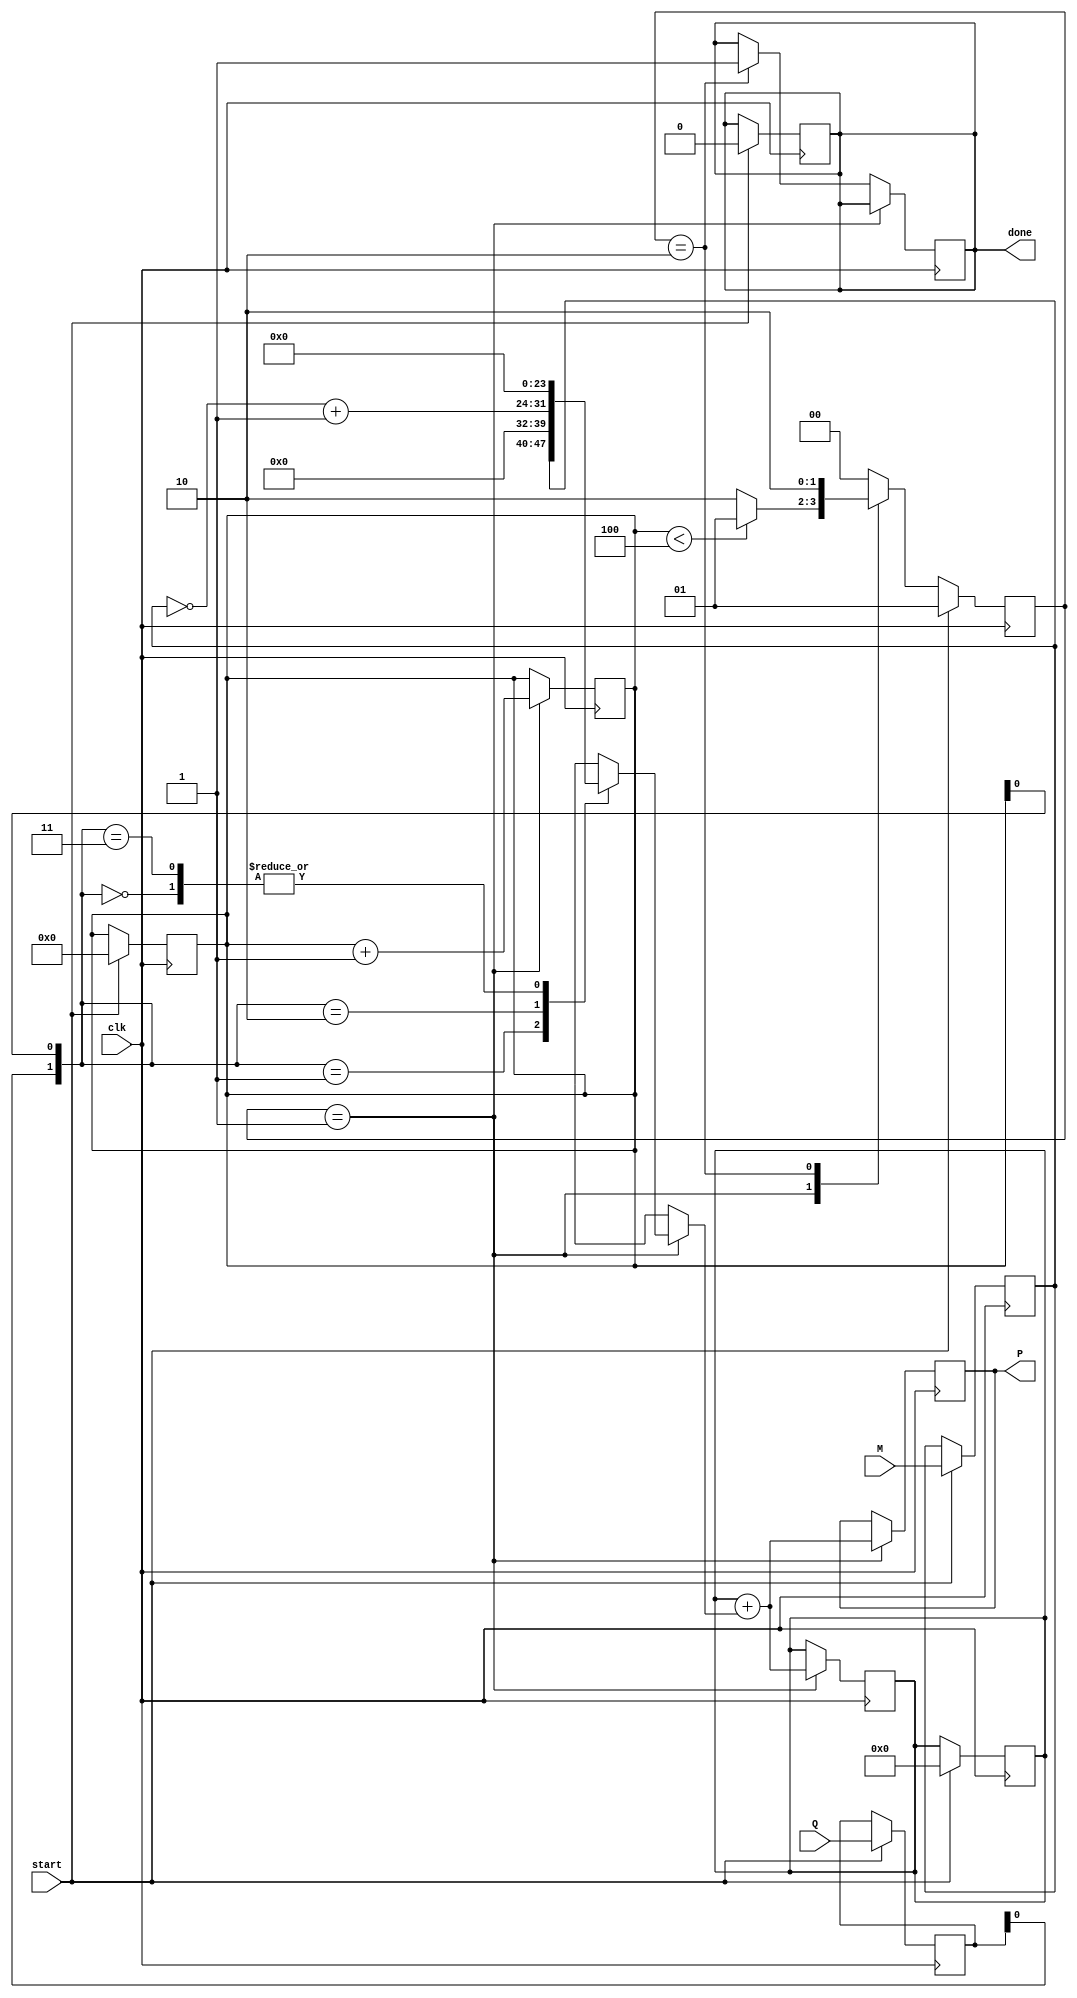
module radix4_multiplier #(
    parameter N = 8 // Width of the multiplicand and multiplier
)(
    input  wire [N-1:0] M,      // Multiplicand
    input  wire [N-1:0] Q,      // Multiplier
    input  wire clk,             // Clock signal
    input  wire start,           // Start signal for multiplication
    output reg [2*N-1:0] P,      // Product
    output reg done              // Done signal
);

    // Internal signals
    reg [N-1:0] Q_reg;           // Register for multiplier
    reg [N-1:0] M_reg;           // Register for multiplicand
    reg [2*N-1:0] PP;            // Partial product
    reg [4:0] count;             // Cycle counter
    reg [1:0] QiQi_1;            // Current and previous bits of Q
    reg [2*N-1:0] A;             // Accumulator

    // State machine states
    localparam IDLE = 2'b00,
               PROCESS = 2'b01,
               DONE = 2'b10;

    reg [1:0] state, next_state;

    // Initial values
    initial begin
        P = 0;
        A = 0;
        count = 0;
        done = 0;
        state = IDLE;
    end

    // State machine
    always @(posedge clk) begin
        if (start) begin
            state <= PROCESS;
            Q_reg <= Q;
            M_reg <= M;
            A <= 0;
            count <= 0;
            done <= 0;
        end else begin
            state <= next_state;
        end
    end

    always @(*) begin
        case (state)
            IDLE: begin
                next_state = start ? PROCESS : IDLE;
            end
            
            PROCESS: begin
                if (count < (N + 1) / 2) begin
                    next_state = PROCESS;
                end else begin
                    next_state = DONE;
                end
            end
            
            DONE: begin
                next_state = DONE;
            end
            
            default: next_state = IDLE;
        endcase
    end

    // Main processing
    always @(posedge clk) begin
        if (state == PROCESS) begin
            QiQi_1 = {Q_reg[1:0], count[0]}; // Get current and previous bits
            case (QiQi_1)
                2'b00: begin
                    PP = 0; // No action
                end
                2'b01: begin
                    PP = {M_reg, {N{1'b0}}}; // Generate M << 1
                end
                2'b10: begin
                    PP = {~M_reg + 1'b1, {N{1'b0}}}; // Generate -M << 1
                end
                2'b11: begin
                    PP = 0; // No action
                end
            endcase

            // Accumulate the partial product and shift
            A = A + PP;
            P = A; // Update the product
            count = count + 1; // Increment cycle count
        end else if (state == DONE) begin
            done <= 1; // Set done signal
        end
    end

endmodule